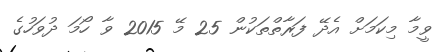
ވީމާ މިކަމަށް އެދޭ ފަރާތްތަކުން 25 މޭ 2015 ވާ ހޯމަ ދުވަހުގެ